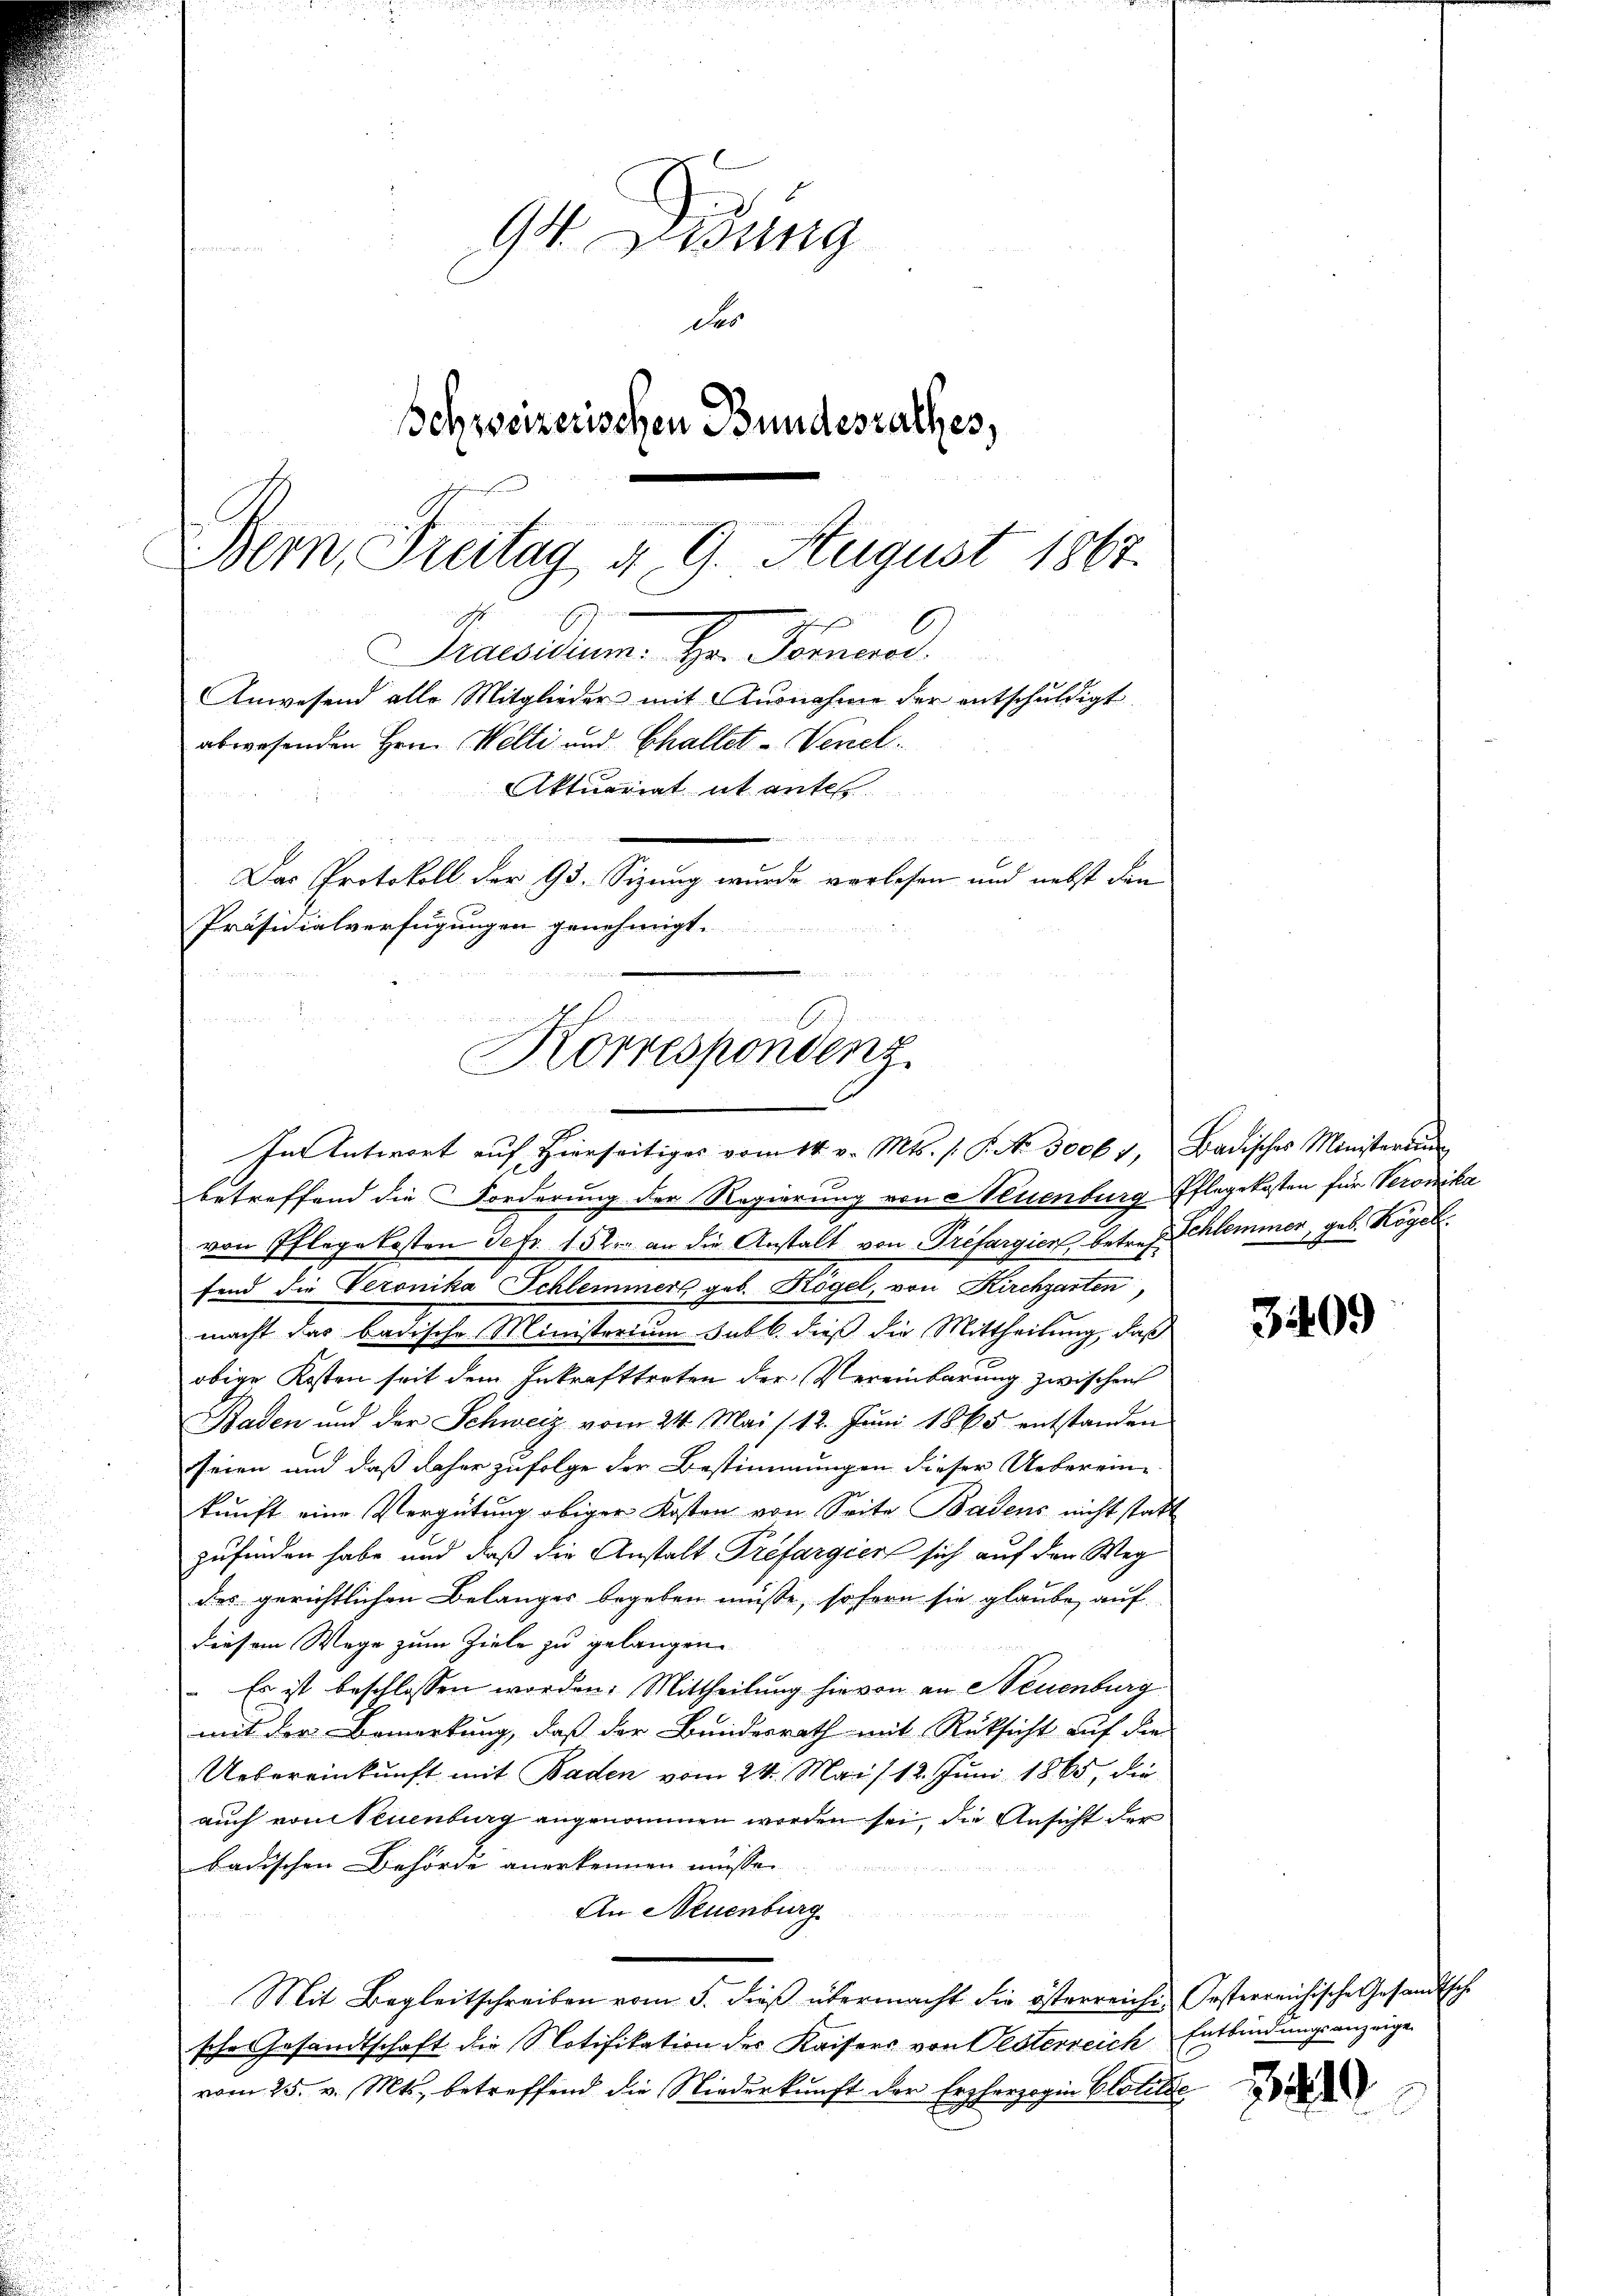
94. Disung
des
Schweizerischen Bundesrathes,
und die wie werde
Bern, Freitag d. 9. August 1867.
x
sfüh

abwesenden Herr Welti und Chaltet - Venel.
Aktuariat it ents

Das Protokoll der 93. Sizung wurde vorlesen und nebst den
Präsidialverfügungen genehmigt.
A
Korrespondenz.
Im Antwort auf Hierseitiges vom 14. v. Mts. s. S. No. 5006 4, Badisches Ministerung

Praesidium. Hr. Fornerod
Anwesend alle Mitglieder mit Ausnahme der entschuldigt

betreffend die Forderung der Regierung von Neuenburg-Pflegekosten für Veronika
von Pflegekosten Sefr. 15ten an die Anstalt von Préfargien betref Schlammen, geb. Kogel.
fend die Veronika Schlemmers geb. Hogel, von Kirchgarten
macht das badische Ministerium sub b. dieß die Mittheilung, daß
obige Kosten seit dem Inkrafttreten der Vereinbarung zwischen
Baden und der Schweiz vom 24. Mai /12. Juni 1865 entstanden
seien und daß daher zufolge der Bestimmungen dieser Uebereine
kunft eine Vergütung obiger Kosten von Seite Badens nicht statt
zufinden habe und daß die Anstalt Prefargien sich auf den Weg
des gerichtlichen Belanger begeben müsse, sofern sie glaube, auf
diesem Wege zum Ziele zu gelangen.
 Es ist beschlossen worden. Mittheilung hievon an Neuenburg
mit der Bemerkung, daß der Bundesrath mit Rüksicht auf die
Uebereinkunft mit Baden vom 24. Mai/12. Juni 1865, die
auch von Neuenburg angenommen worden sei, die Ansicht der
badischen Behörde anerkennen müsse.
An Neuenburg
u
Mit Begleitschreiben vom 5. dieß übermacht die österreiche Festerreichische Gesandtsche
sche Gesandtschaft die Notifikation der Kaisers von Oesterreich Entbindungsanzeige
vom 25. v. Mts. betreffend die Niederkunft der Erzherzogin Clotilde

3409

319